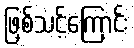
ဖြစ်သင့်ကြောင်း